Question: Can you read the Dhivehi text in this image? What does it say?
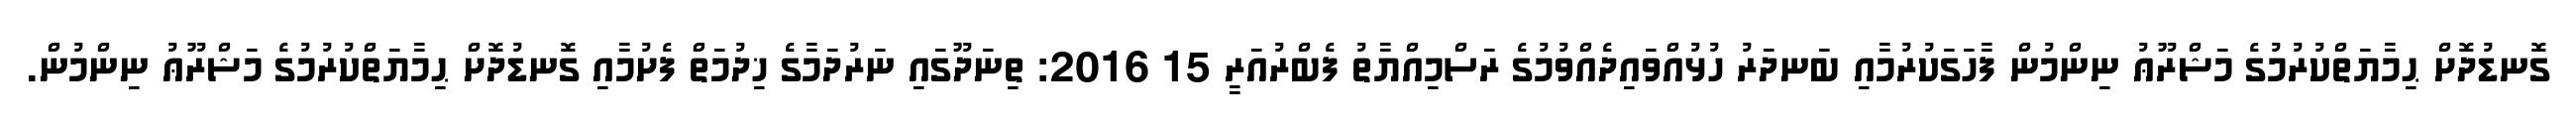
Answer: ގޮނޑުދޮށް ޙިމާޔަތްކުރުމުގެ މަޝްރޫޢު ނިންމުން ފާހަގަކުރުމާއި ބަނދަރު ހުޅުއްވައިދެއްވުމުގެ ރަސްމިއްޔާތު ފެބްރުއަރީ 15 2016: ތިނަދޫގައި ނަރުދަމާގެ ޚިދުމަތް ފެށުމާއި ގޮނޑުދޮށް ޙިމާޔަތްކުރުމުގެ މަޝްރޫޢު ނިންމުން.